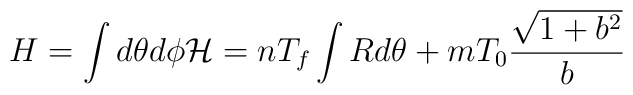
H = \int d\theta d\phi {\cal H} = n T_f \int R d\theta + m T_0 \frac{\sqrt{1 + b^2}}{b}